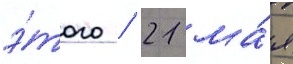
э́того / 21 ма́я